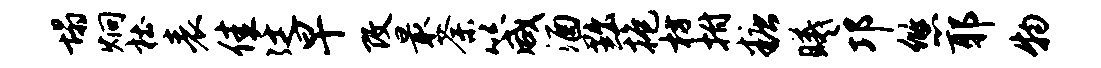
塌炯杜表佳廷早改最荼箴酒黜抱枋拊糖曦邛悠耶物